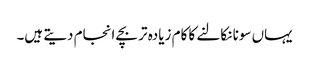
یہاں سونا نکالنے کا کام زیادہ تر بچے انجام دیتے ہیں۔